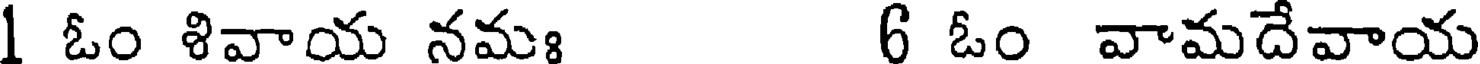
1 ఓం శివాయ నమః 6 ఓం వామదేవాయ